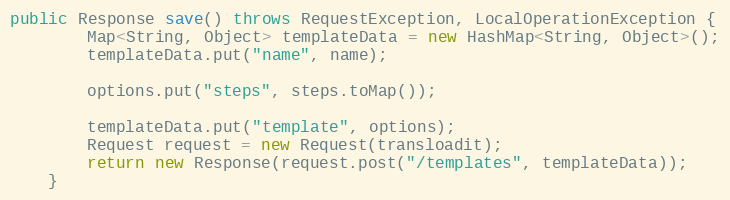
Language: Java
public Response save() throws RequestException, LocalOperationException {
        Map<String, Object> templateData = new HashMap<String, Object>();
        templateData.put("name", name);

        options.put("steps", steps.toMap());

        templateData.put("template", options);
        Request request = new Request(transloadit);
        return new Response(request.post("/templates", templateData));
    }